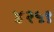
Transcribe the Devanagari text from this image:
४२५९